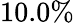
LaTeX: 10.0\%